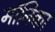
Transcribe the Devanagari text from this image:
माॅनिका